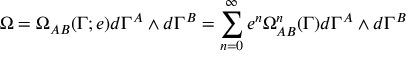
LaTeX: \Omega = \Omega _ { A B } ( \Gamma ; e ) d \Gamma ^ { A } \wedge d \Gamma ^ { B } = \sum _ { n = 0 } ^ { \infty } e ^ { n } \Omega _ { A B } ^ { n } ( \Gamma ) d \Gamma ^ { A } \wedge d \Gamma ^ { B }